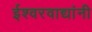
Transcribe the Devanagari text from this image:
ईश्वरवाद्यांनी